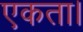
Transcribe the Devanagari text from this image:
एकता।